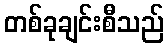
တစ်ခုချင်းစီသည်